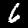
Digit: 6